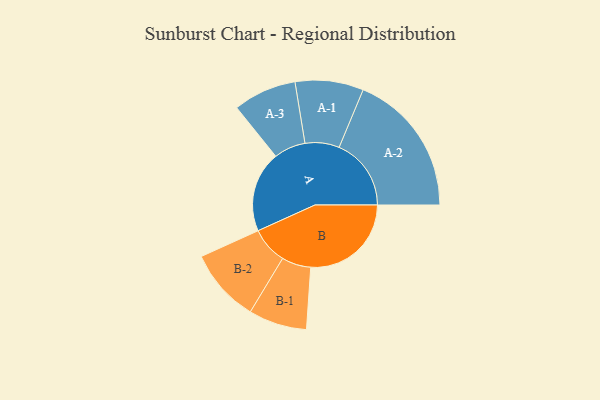
{"axis": {"x": "Segment", "y": "Value"}, "legend": ["", "A", "B"], "data": [{"x": "A", "y": 324, "type": ""}, {"x": "B", "y": 403, "type": ""}, {"x": "A-1", "y": 137, "type": "A"}, {"x": "A-2", "y": 289, "type": "A"}, {"x": "A-3", "y": 127, "type": "A"}, {"x": "B-1", "y": 117, "type": "B"}, {"x": "B-2", "y": 148, "type": "B"}]}